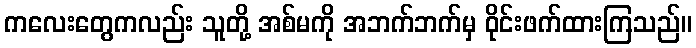
ကလေးတွေကလည်း သူတို့ အစ်မကို အဘက်ဘက်မှ ဝိုင်းဖက်ထားကြသည်။